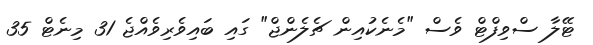
ޓޭލާ ސްވިފްޓް ވެސް "މެނެކުއިން ޗެލެންޖް" ގައި ބައިވެރިވެއްޖެ 31 މިނެޓް 35